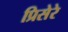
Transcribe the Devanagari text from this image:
प्रिसेरे